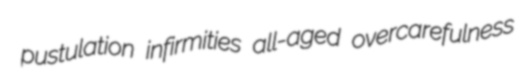
pustulation infirmities all-aged overcarefulness